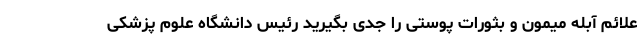
علائم آبله میمون و بثورات پوستی را جدی بگیرید رئیس دانشگاه علوم پزشکی